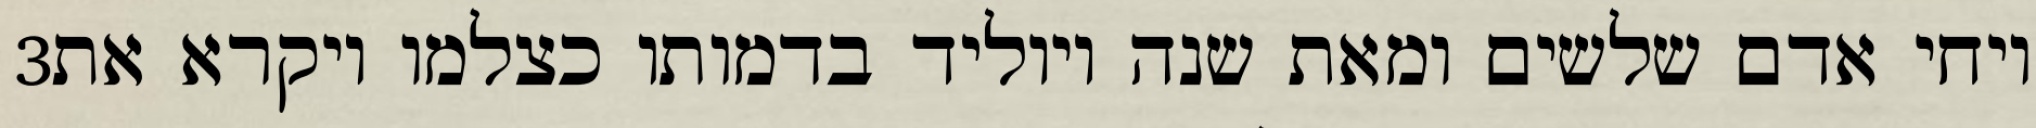
‎3‏ ויחי אדם שלשים ומאת שנה ויוליד בדמותו כצלמו ויקרא את